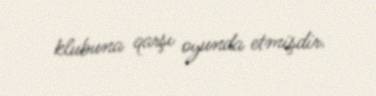
klubuna qarşı oyunda etmişdir.